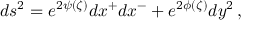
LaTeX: d s ^ { 2 } = e ^ { 2 \psi ( \zeta ) } d x ^ { + } d x ^ { - } + e ^ { 2 \phi ( \zeta ) } d y ^ { 2 } \, ,